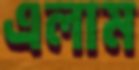
এলাম